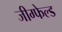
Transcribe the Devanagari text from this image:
जीग्फेल्ड